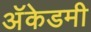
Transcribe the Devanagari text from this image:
अॅकेडमी